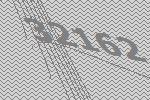
32162